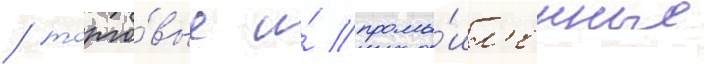
/ торго́вые и́ промы́шл'енные